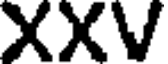
XXV